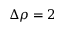
\Delta \rho = 2